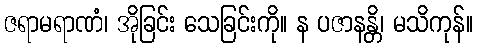
ဇရာမရာဏံ၊ အိုခြင်း သေခြင်းကို။ န ပဇာနန္တိ၊ မသိကုန်။